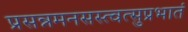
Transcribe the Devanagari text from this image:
प्रसन्नमनसस्त्वत्सुप्रभातं